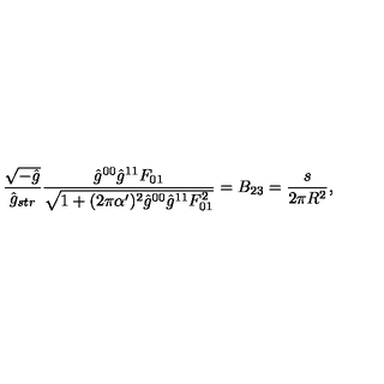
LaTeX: \frac { \sqrt { - \hat { g } } } { \hat { g } _ { s t r } } \frac { \hat { g } ^ { 0 0 } \hat { g } ^ { 1 1 } F _ { 0 1 } } { \sqrt { 1 + ( 2 \pi \alpha ^ { \prime } ) ^ { 2 } \hat { g } ^ { 0 0 } \hat { g } ^ { 1 1 } F _ { 0 1 } ^ { 2 } } } = B _ { 2 3 } = \frac { s } { 2 \pi R ^ { 2 } } ,